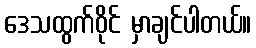
ဒေသထွက်ဝိုင် မှာချင်ပါတယ်။